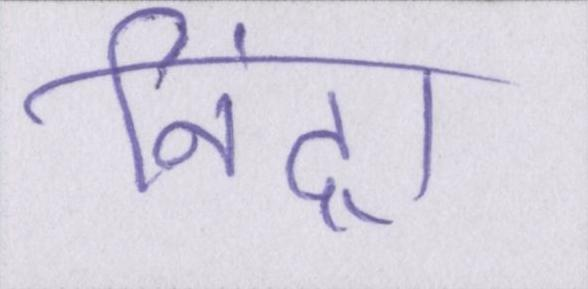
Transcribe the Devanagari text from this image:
निंद्रा